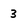
Character: 3